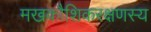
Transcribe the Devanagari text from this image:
मखकौशिकरक्षणस्य